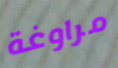
مراوغة